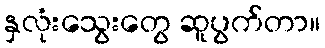
နှလုံးသွေးတွေ ဆူပွက်တာ။